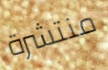
منتشرة